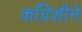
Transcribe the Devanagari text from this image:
काँग्रेशीने